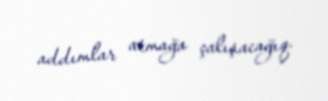
addımlar atmağa çalışacağıq.